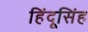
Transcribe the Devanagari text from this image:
हिंदूसिंह